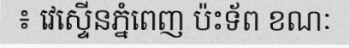
៖ វេស្ទើនភ្នំពេញ ប៉ះទ័ព ខណៈ